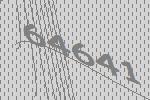
64641